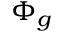
\Phi _ { g }